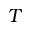
T